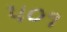
૫૦૧